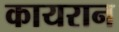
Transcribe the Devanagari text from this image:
कायरान